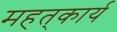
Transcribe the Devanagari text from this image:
महत्‌कार्य